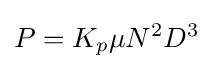
P=K_{p}\mu N^{2}D^{3}